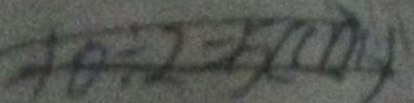
1 0 \div 2 = 5 ( c m )